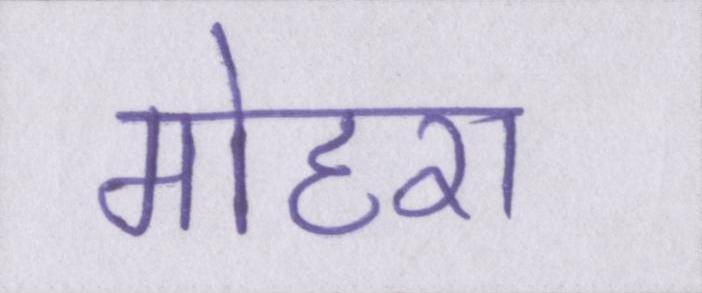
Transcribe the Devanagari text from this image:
मोहरा